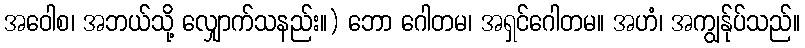
အဝေါစ၊ အဘယ်သို့ လျှောက်သနည်း။) ဘော ဂေါတမ၊ အရှင်ဂေါတမ။ အဟံ၊ အကျွန်ုပ်သည်။